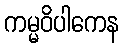
ကမ္မဝိပါကေန